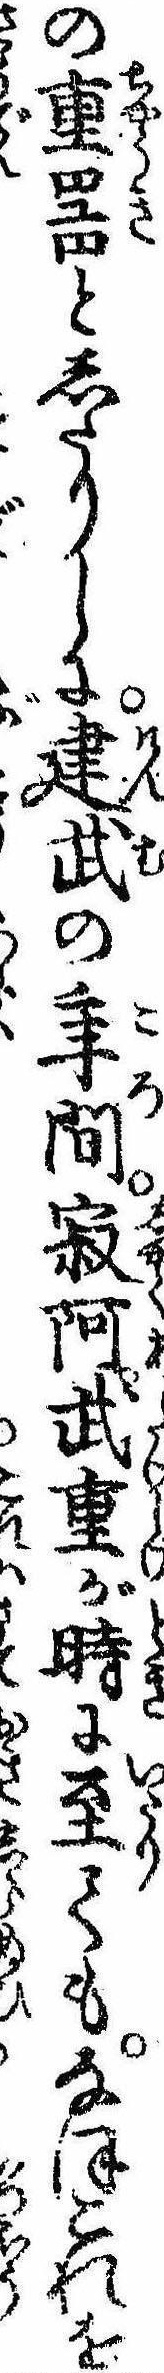
の重器としたりしに建武の年間寂阿武重が時に至てもなほこれを